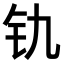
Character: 𫟲